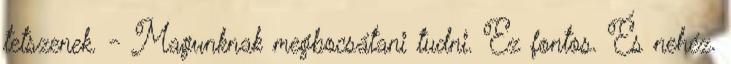
tetszenek. - Magunknak megbocsátani tudni. Ez fontos. És nehéz.